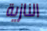
النازية